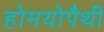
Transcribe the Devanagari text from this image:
होमयोपैथी